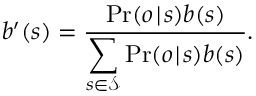
b ^ { \prime } ( s ) = \frac { \operatorname* { P r } ( o \! \mid \! s ) b ( s ) } { \displaystyle \sum _ { s \in \mathcal { S } } \operatorname* { P r } ( o \! \mid \! s ) b ( s ) } .